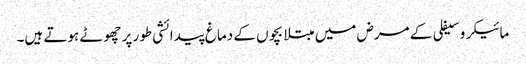
مائیکرو سیفلی کے مرض میں مبتلا بچوں کے دماغ پیدائشی طور پر چھوٹے ہوتے ہیں۔